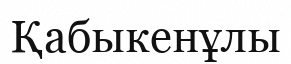
Қабыкенұлы